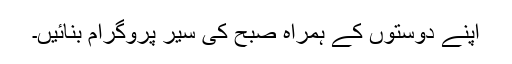
اپنے دوستوں کے ہمراہ صبح کی سیر پروگرام بنائیں۔